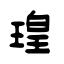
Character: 瑝